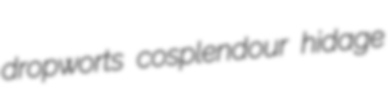
dropworts cosplendour hidage